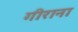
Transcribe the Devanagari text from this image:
गीराना